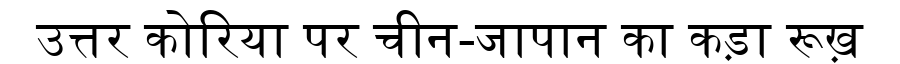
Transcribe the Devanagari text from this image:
उत्तर कोरिया पर चीन-जापान का कड़ा रूख़